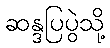
ဆန္ဒပြပွဲသို့